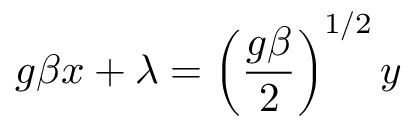
g \beta x + \lambda = \left( { \frac { g \beta } 2 } \right) ^ { 1 / 2 } y